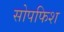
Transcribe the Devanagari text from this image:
सोपफिश